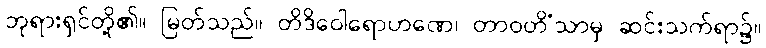
ဘုရားရှင်တို့၏။ မြတ်သည်။ တိဒိဝေါရောဟဏေ၊ တာဝတိံသာမှ ဆင်းသက်ရာ၌။